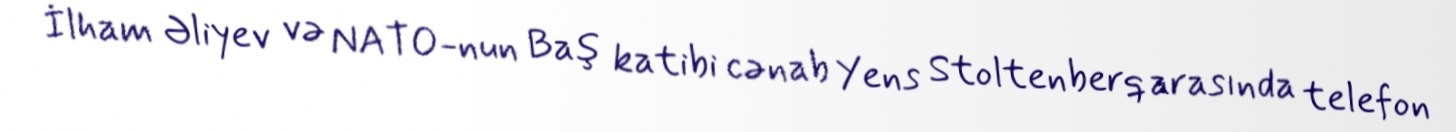
İlham Əliyev və NATO-nun Baş katibi cənab Yens Stoltenberq arasında telefon